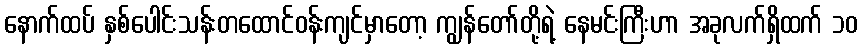
နောက်ထပ် နှစ်ပေါင်းသန်းတထောင်ဝန်းကျင်မှာတော့ ကျွန်တော်တို့ရဲ့ နေမင်းကြီးဟာ အခုလက်ရှိထက် ၁၀